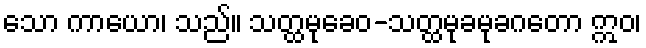
သော ကာယော၊ သည်။ သတ္ထမုခေဝ-သတ္ထမုခမုခဂတော ဣဝ၊